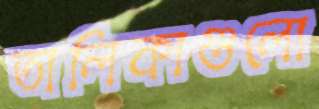
তালিকাগুলো